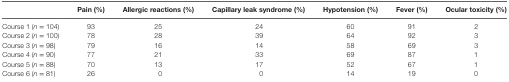
|  | Pain (%) | Allergic reactions (%) | Capillary leak syndrome (%) | Hypotension (%) | Fever (%) | Ocular toxicity (%) |
 | --- | --- | --- | --- | --- | --- | --- |
 | Course 1 (n = 104) | 93 | 25 | 24 | 60 | 91 | 2 |
 | Course 2 (n = 100) | 78 | 28 | 39 | 64 | 92 | 3 |
 | Course 3 (n = 98) | 79 | 16 | 14 | 58 | 69 | 3 |
 | Course 4 (n = 90) | 77 | 21 | 33 | 69 | 87 | 1 |
 | Course 5 (n = 88) | 70 | 13 | 17 | 52 | 67 | 1 |
 | Course 6 (n = 81) | 26 | 0 | 0 | 14 | 19 | 0 |